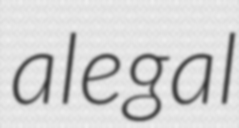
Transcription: a legal